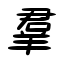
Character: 羣